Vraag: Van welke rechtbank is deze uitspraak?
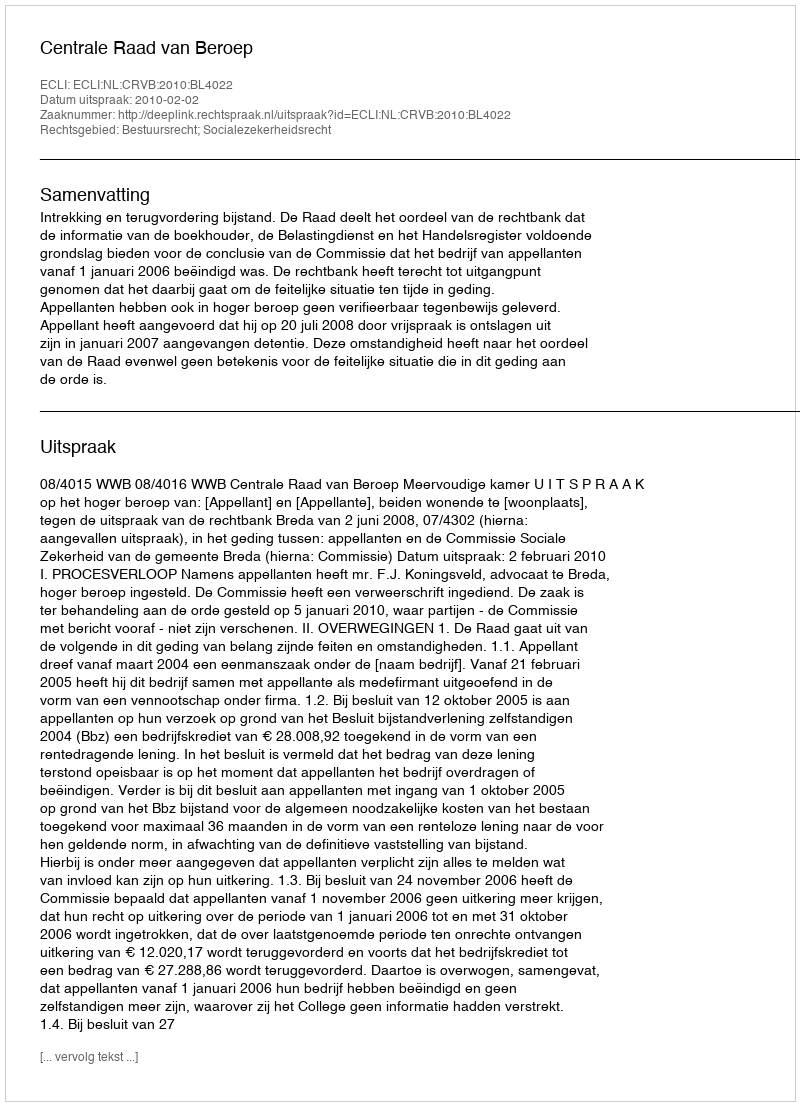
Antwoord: Centrale Raad van Beroep